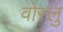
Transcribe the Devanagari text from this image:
वोस्लु